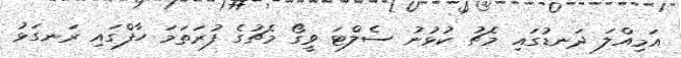
އަމިއްލަ ދަނޑުގައި މެޗު ކުޅުނު ސެލްޓަ ވީގޯ މެޗުގެ ފުރަތަމަ ހާފްގައި ރަނގަޅު